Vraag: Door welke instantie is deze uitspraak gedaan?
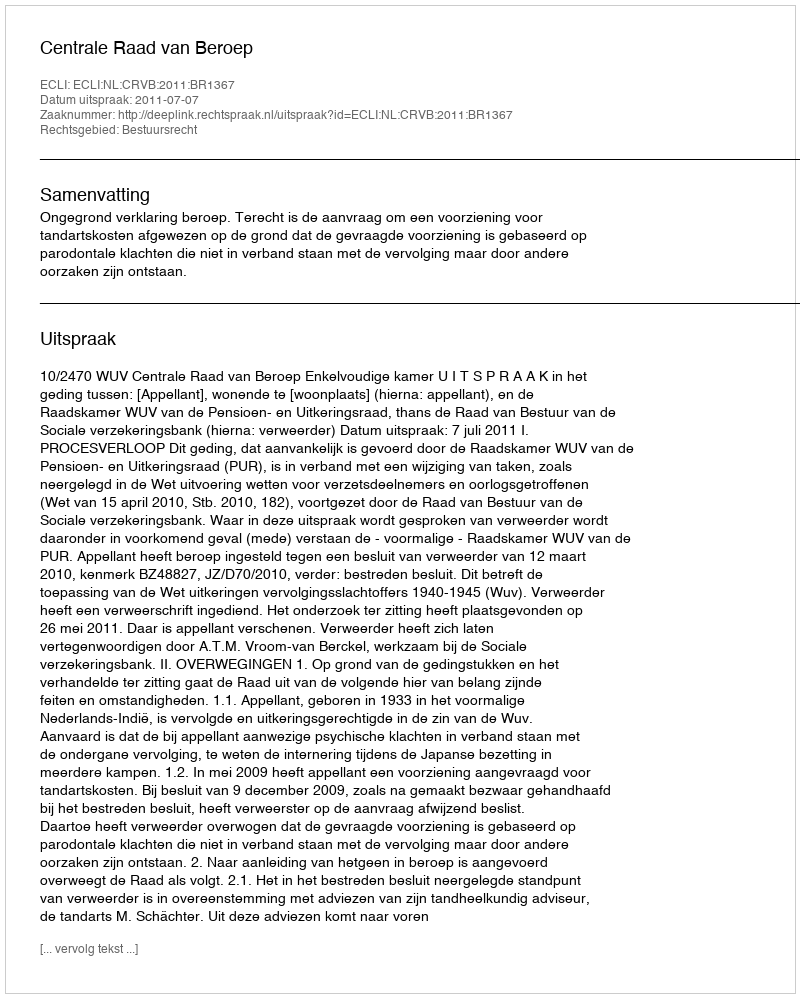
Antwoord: Centrale Raad van Beroep